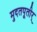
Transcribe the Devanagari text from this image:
मुदतपूतीर्